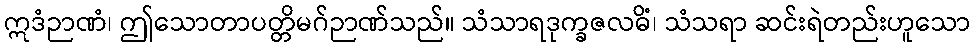
ဣဒံဉာဏံ၊ ဤသောတာပတ္တိမဂ်ဉာဏ်သည်။ သံသာရဒုက္ခဇလဓိံ၊ သံသရာ ဆင်းရဲတည်းဟူသော